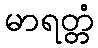
မာရတ္တံ